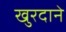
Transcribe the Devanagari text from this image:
खुरदाने